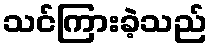
သင်ကြားခဲ့သည်